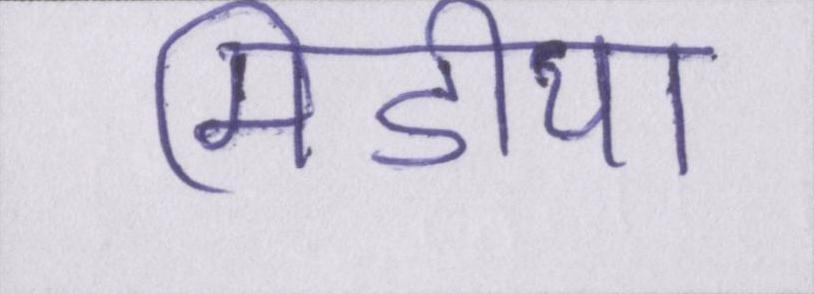
मिडीया